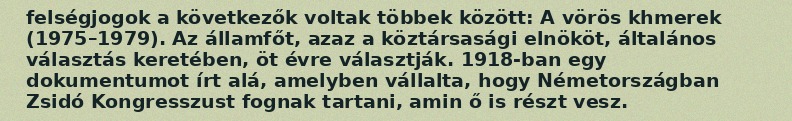
felségjogok a következők voltak többek között: A vörös khmerek (1975–1979). Az államfőt, azaz a köztársasági elnököt, általános választás keretében, öt évre választják. 1918-ban egy dokumentumot írt alá, amelyben vállalta, hogy Németországban Zsidó Kongresszust fognak tartani, amin ő is részt vesz.